Report by Surgeon-Captain Childe, I.M.S. - Part II
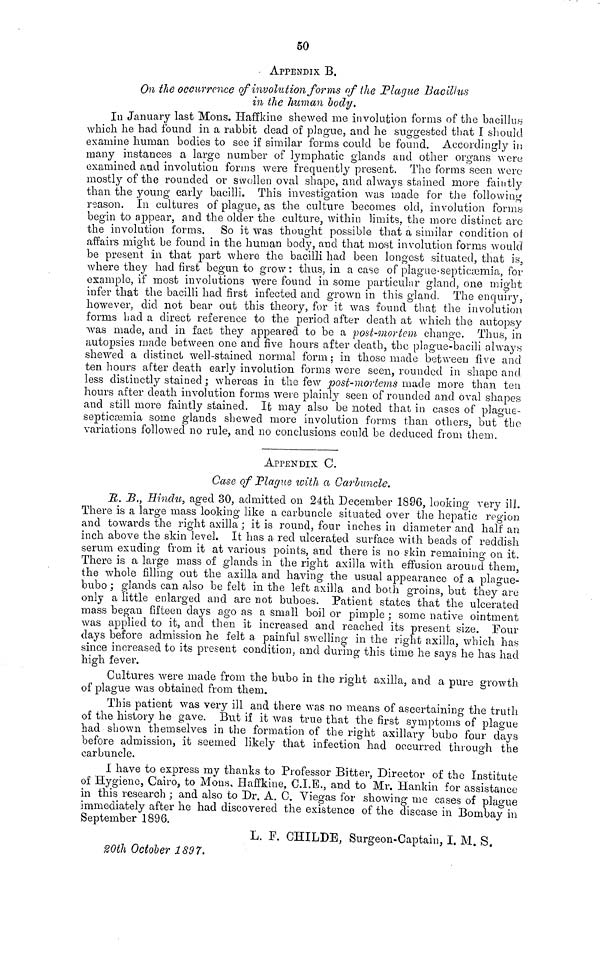
50
APPENDIX B.
On the occurrence of involution forms of the Plague Bacillus
in the human body.
In January last Mons. Haffkine shewed me involution forms of the bacillus
which he had found in a rabbit dead of plague, and he suggested that I should
examine human bodies to see if similar forms could be found. Accordingly in
many instances a large number of lymphatic glands and other organs were
examined and involution forms were frequently present. The forms seen were
mostly of the rounded or swollen oval shape, and always stained more faintly
than the young early bacilli. This investigation was made for the following
reason. In cultures of plague, as the culture becomes old, involution forms
begin to appear, and the older the culture, within limits, the more distinct arc
the involution forms. So it was thought possible that a similar condition of
affairs might be found in the human body, and that most involution forms would
be present in that part where the bacilli had been longest situated, that is,
where they had first begun to grow: thus, in a case of plague-septicæmia, for
example, if most involutions were found in some particular gland, one might
infer that the bacilli had first infected and grown in this gland. The enquiry,
however, did not bear out this theory, for it was found that the involution
forms bad a direct reference to the period after death at which the autopsy
was made, and in fact they appeared to be a post-mortem change. Thus, in
autopsies made between one and five hours after death, the plague-bacili always
shewed a distinct well-stained normal form; in those made between five and
ten hours after death early involution forms were seen, rounded in shape and
less distinctly stained ; whereas in the few post-mortems made more than ten
hours after death involution forms were plainly seen of rounded and oval shapes
and still more faintly stained. It may also be noted that in cases of plague-
septicæmia some glands shewed more involution forms than others, but the
variations followed no rule, and no conclusions could be deduced from them.
APPENDIX C.
Case of Plague with a Carbuncle.
R. B., Hindu, aged 30, admitted on 24th December 1896, looking very ill.
There is a large mass looking like a carbuncle situated over the hepatic region
and towards the right axilla ; it is round, four inches in diameter and half an
inch above the skin level. It has a red ulcerated surface with beads of reddish
serum exuding from it at various points, and there is no skin remaining on it.
There is a large mass of glands in the right axilla with effusion around them,
the whole filling out the axilla and having the usual appearance of a plague-
bubo ; glands can also be felt in the left axilla and both groins, but they are
only a little enlarged and are not buboes. Patient states that the ulcerated
mass began fifteen days ago as a small boil or pimple ; some native ointment
was applied to it, and then it increased and reached its present size. Four
days before admission he felt a painful swelling in the right axilla, which has
since increased to its present condition, and during this time he says he has had
high fever.
Cultures were made from the bubo in the right axilla, and a pure growth
of plague was obtained from them.
This patient was very ill and there was no means of ascertaining the truth
of the history he gave. But if it was true that the first symptoms of plague
had shown themselves in the formation of the right axillary bubo four days
before admission, it seemed likely that infection had occurred through the
carbuncle.
I have to express my thanks to Professor Bitter, Director of the Institute
of Hygiene, Cairo, to Mons. Haffkine, C.I.E., and to Mr. Hankin for assistance
in this research ; and also to Dr. A. C. Viegas for showing me cases of plague
immediately after he had discovered the existence of the disease in Bombay in
September 1896.
L. F. CHILDE, Surgeon-Captain, I. M. S.
20th October 1897.